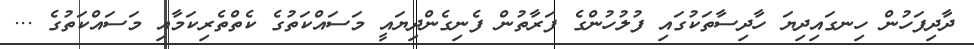
ދާދިފަހުން ހިނގައިދިޔަ ހާދިސާތަކުގައި ފުލުހުންގެ ފަރާތުން ފެނިގެންދިޔައީ މަސައްކަތުގެ ކެތްތެރިކަމާއި މަސައްކަތުގެ ...